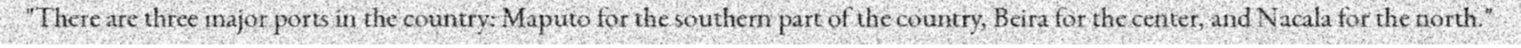
"There are three major ports in the country: Maputo for the southern part of the country, Beira for the center, and Nacala for the north."